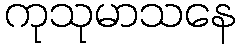
ကုသုမာသနေ